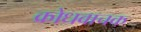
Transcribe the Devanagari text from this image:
क्रोधवाचक